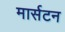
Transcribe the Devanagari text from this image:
मार्सटन